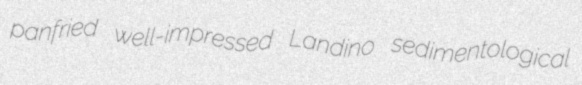
panfried well-impressed Landino sedimentological